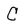
Character: C